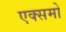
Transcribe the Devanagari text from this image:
एक्समो